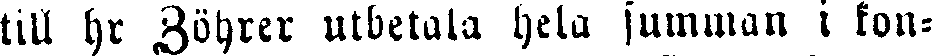
till hr Zöhrer utbetala hela summan i kon-